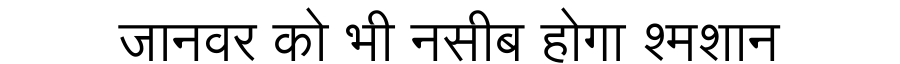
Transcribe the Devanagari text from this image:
जानवर को भी नसीब होगा श्मशान